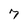
Character: 7